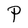
Character: P